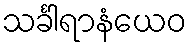
သင်္ခါရာနံယေဝ